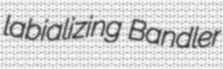
labializing Bandler